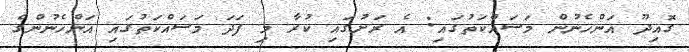
ގޮއިދޫ އަންހެނުން މަސައްކަތުގައި: އެ ރަށުގައި ކުރާ މި ފަދަ މަސައްކަތުގައި އަންހެނުންގެ